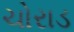
ચોરાડ